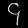
Digit: ၄